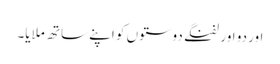
اور دو اور لفنگے دوستوں کو اپنے ساتھ ملایا۔